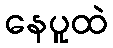
နေပူထဲ